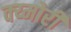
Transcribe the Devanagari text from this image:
क्य्मोरी